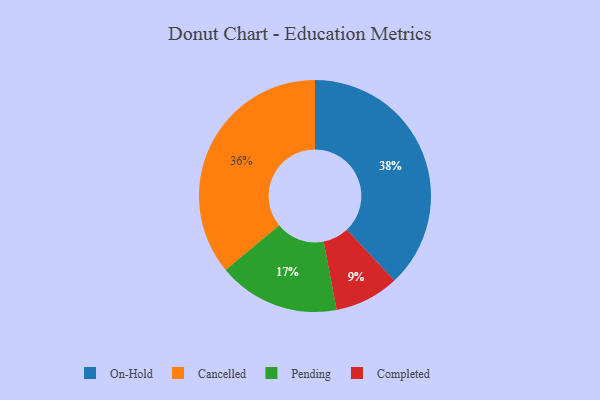
{"axis": {"x": "Category", "y": "Percentage"}, "legend": ["Cancelled", "Completed", "On-Hold", "Pending"], "data": [{"x": "Completed", "y": 9, "type": "Completed"}, {"x": "On-Hold", "y": 38, "type": "On-Hold"}, {"x": "Cancelled", "y": 36, "type": "Cancelled"}, {"x": "Pending", "y": 17, "type": "Pending"}]}